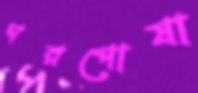
ঘরপোষা